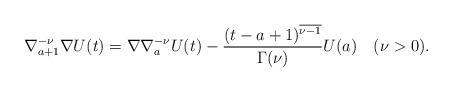
LaTeX: \begin{align*}\nabla_{a+1}^{-\nu}\nabla{U(t)}=\nabla\nabla_{a}^{-\nu}U(t)-\frac{(t-a+1)^{\overline{\nu-1}}}{\Gamma(\nu)}U(a)\quad(\nu>0).\end{align*}